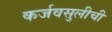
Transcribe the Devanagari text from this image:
कर्जवसुलीची